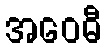
အဝေဓီ